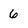
Character: 6